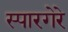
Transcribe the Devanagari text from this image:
स्पारगेरे